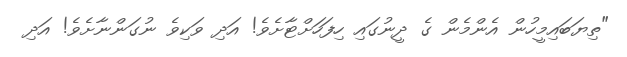
"ތިޔަބައިމީހުން އެންމެން ގެ ދީނުގައި ހިފަހަށްޓާށެވެ! އަދި ވަކިވެ ނުގަންނާށެވެ! އަދި